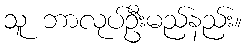
သူ ဘာလုပ်ဦးမည်နည်း။